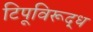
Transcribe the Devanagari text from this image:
टिपूविरूद्ध